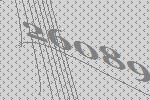
26089